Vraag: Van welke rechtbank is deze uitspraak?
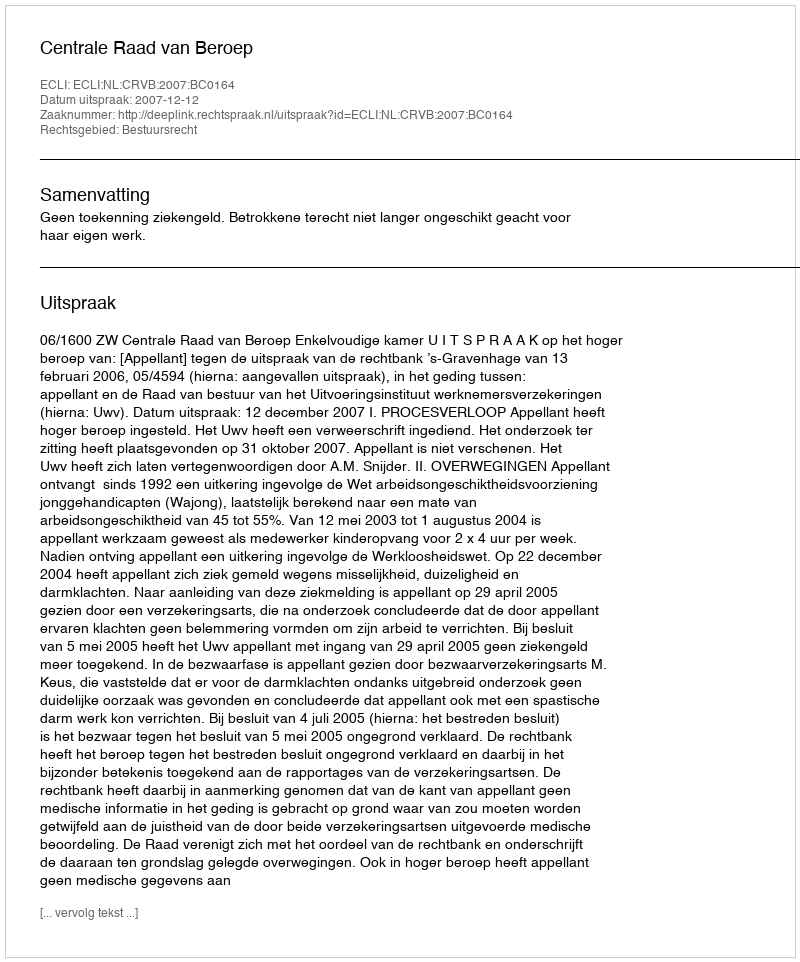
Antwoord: Centrale Raad van Beroep